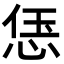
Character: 𫺑